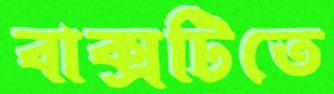
বাক্সটিতে